Indian journal of veterinary science and animal husbandry - Volume 6,
Year: 1936
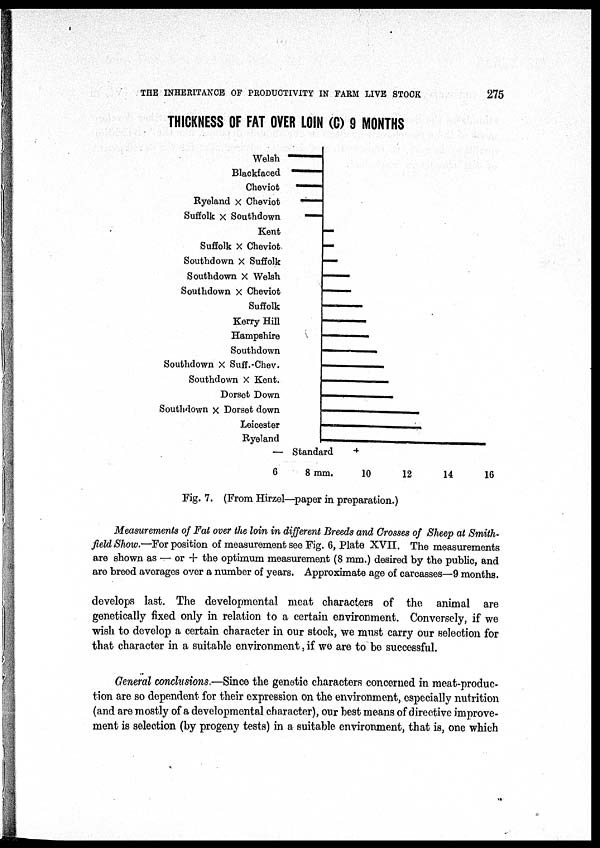
THE INHERITANCE OF PRODUCTIVITY IN FARM LIVE STOCK
275
THICKNESS OF FAT OVER LOIN (C) 9 MONTHS
Fig. 7. (From Hirzel—paper in preparation.)
Measurements of Fat over the loin in different Breeds and Crosses of Sheep at Smith-
field Show.—For position of measurement see Fig. 6, Plate XVII. The measurements
are shown as — or + the optimum measurement (8 mm.) desired by the public, and
are breed averages over a number of years. Approximate age of carcasses—9 months.
develops last. The developmental meat characters of the animal are
genetically fixed only in relation to a certain environment. Conversely, if we
wish to develop a certain character in our stock, we must carry our selection for
that character in a suitable environment, if we are to be successful.
General conclusions.—Since the genetic characters concerned in meat-produc-
tion are so dependent for their expression on the environment, especially nutrition
(and are mostly of a developmental character), our best means of directive improve-
ment is selection (by progeny tests) in a suitable environment, that is, one which